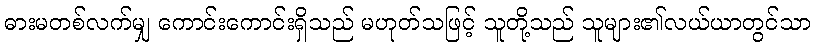
ဓားမတစ်လက်မျှ ကောင်းကောင်းရှိသည် မဟုတ်သဖြင့် သူတို့သည် သူများ၏လယ်ယာတွင်သာ